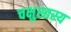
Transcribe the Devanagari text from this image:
चक्षुस्तस्य